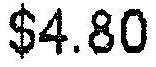
$4.80